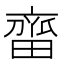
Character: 𬹲